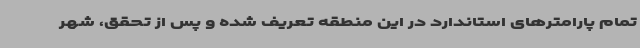
تمام پارامترهای استاندارد در این منطقه تعریف شده و پس از تحقق، شهر